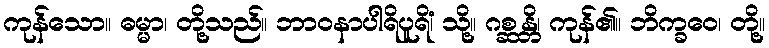
ကုန်သော။ ဓမ္မာ၊ တို့သည်။ ဘာဝနာပါရိပူရိံ၊ သို့။ ဂစ္ဆန္တိ၊ ကုန်၏။ ဘိက္ခဝေ၊ တို့။